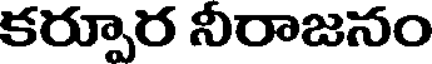
కర్పూర నీరాజనం